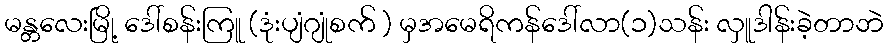
မန္တလေးမြို့ ဒေါ်စန်းကြူ (ဒုံးပျံဂျုံစက် ) မှအမေရိကန်ဒေါ်လာ(၁)သန်း လှူဒါန်းခဲ့တာဘဲ